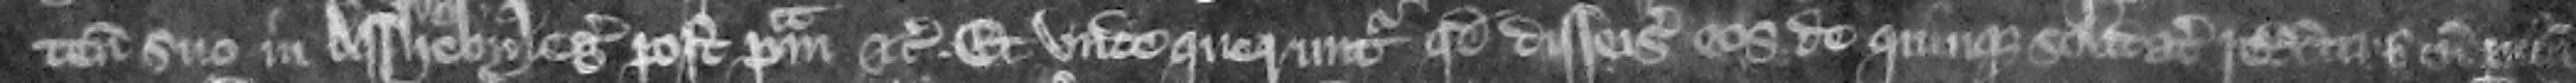
tenemento suo in Assheby Leger post primam etc. Et vnde queruntur quod disseisiuerunt os de quinque solidatis redditus cum pertinenciis.